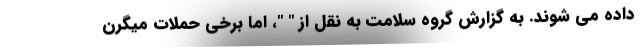
داده می شوند. به گزارش گروه سلامت به نقل از " "، اما برخی حملات میگرن